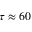
\tau \approx 6 0